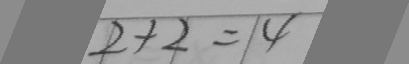
2 + 2 = 4